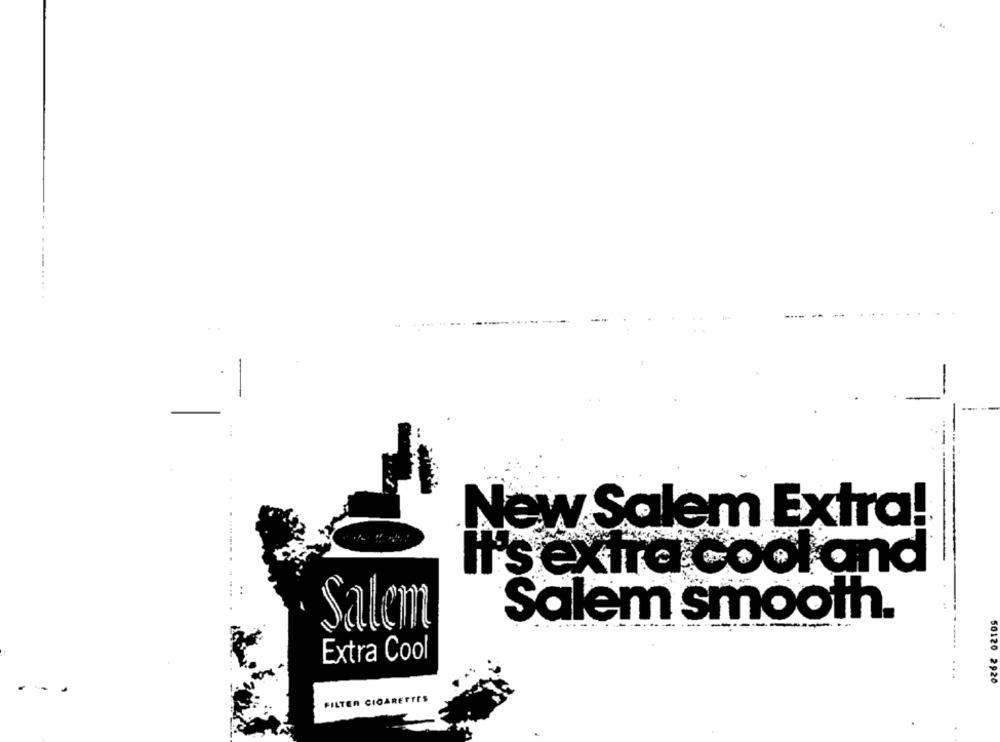
New Salem Extra!
It's exiTa cool and
Salem smooth.
Salem
Extra Cool
.
FILTER CIGARETTES